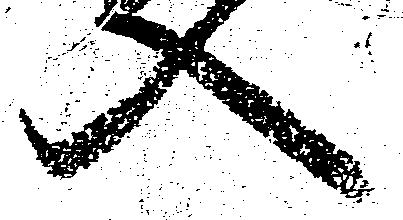
入